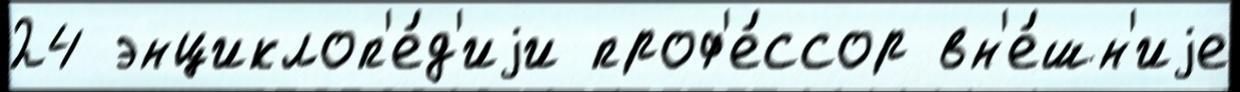
24 энциклоп'е́д'иjи проф'е́ссор вн'е́шн'иjе